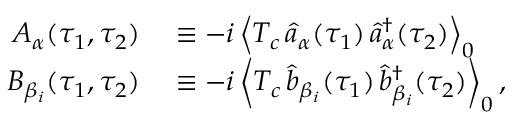
\begin{array} { r l } { A _ { \alpha } ( \tau _ { 1 } , \tau _ { 2 } ) } & { { } \equiv - i \left\langle T _ { c } \, \hat { a } _ { \alpha } ( \tau _ { 1 } ) \, \hat { a } _ { \alpha } ^ { \dagger } ( \tau _ { 2 } ) \right\rangle _ { 0 } } \\ { B _ { \beta _ { i } } ( \tau _ { 1 } , \tau _ { 2 } ) } & { { } \equiv - i \left\langle T _ { c } \, \hat { b } _ { \beta _ { i } } ( \tau _ { 1 } ) \, \hat { b } _ { \beta _ { i } } ^ { \dagger } ( \tau _ { 2 } ) \right\rangle _ { 0 } , } \end{array}